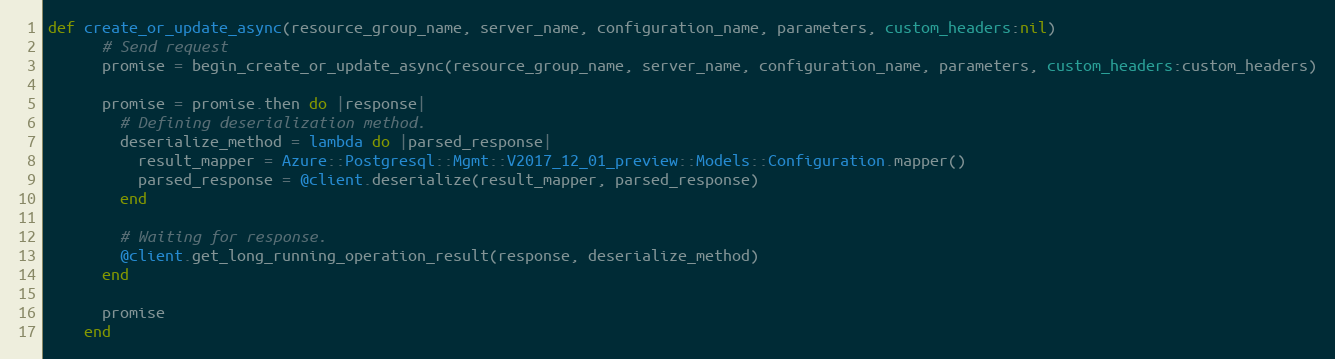
Language: Ruby
def create_or_update_async(resource_group_name, server_name, configuration_name, parameters, custom_headers:nil)
      # Send request
      promise = begin_create_or_update_async(resource_group_name, server_name, configuration_name, parameters, custom_headers:custom_headers)

      promise = promise.then do |response|
        # Defining deserialization method.
        deserialize_method = lambda do |parsed_response|
          result_mapper = Azure::Postgresql::Mgmt::V2017_12_01_preview::Models::Configuration.mapper()
          parsed_response = @client.deserialize(result_mapper, parsed_response)
        end

        # Waiting for response.
        @client.get_long_running_operation_result(response, deserialize_method)
      end

      promise
    end